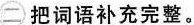
二 把词语补充完整。